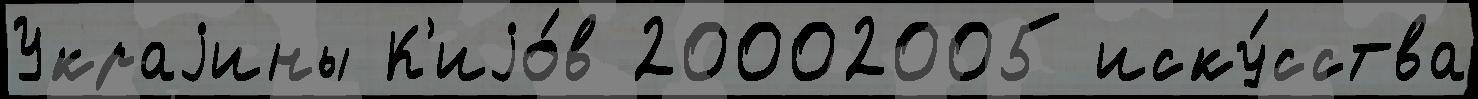
Украjины К'иjо́в 20002005 иску́сства